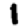
Digit: 1